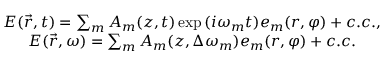
\begin{array} { c } { E ( \vec { r } , t ) = \sum _ { m } A _ { m } ( z , t ) \exp { ( i \omega _ { m } t } ) e _ { m } ( r , \varphi ) + c . c . , } \\ { E ( \vec { r } , \omega ) = \sum _ { m } A _ { m } ( z , \Delta \omega _ { m } ) e _ { m } ( r , \varphi ) + c . c . } \end{array}